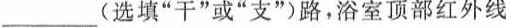
___(选填”干”或”支”)路，浴室顶部红外线